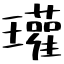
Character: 瓘